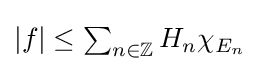
|f|\leq \textstyle \sum _{n\in \mathbb {Z} }H_{n}\chi _{E_{n}}